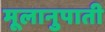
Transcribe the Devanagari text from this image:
मूलानुपाती